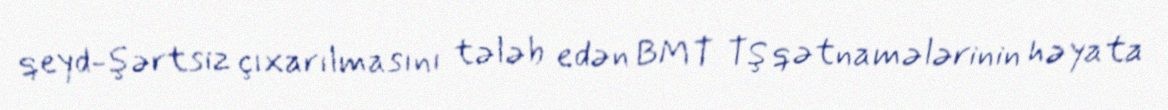
qeyd-şərtsiz çıxarılmasını tələb edən BMT TŞ qətnamələrinin həyata